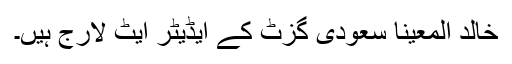
خالد المعینا سعودی گزٹ کے ایڈیٹر ایٹ لارج ہیں۔